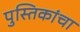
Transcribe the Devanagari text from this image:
पुस्तिकांचा